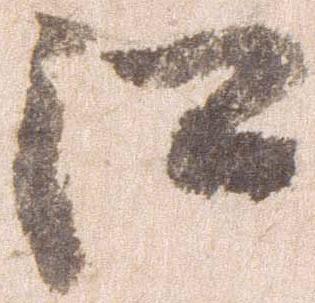
江